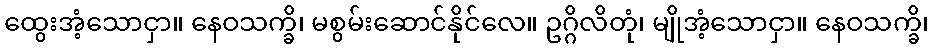
ထွေးအံ့သောငှာ။ နေဝသက္ခိ၊ မစွမ်းဆောင်နိုင်လေ။ ဥဂ္ဂိလိတုံ၊ မျိုအံ့သောငှာ။ နေဝသက္ခိ၊